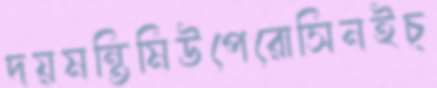
দয়মন্তিমিউপেরোসিনইচ্